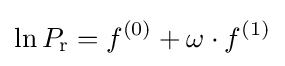
\ln P_{\rm {r}}=f^{(0)}+\omega \cdot f^{(1)}